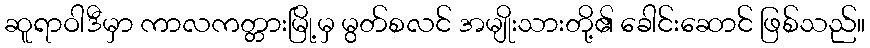
ဆူရာဝါဒီမှာ ကာလကတ္တားမြို့မှ မွတ်စလင် အမျိုးသားတို့၏ ခေါင်းဆောင် ဖြစ်သည်။